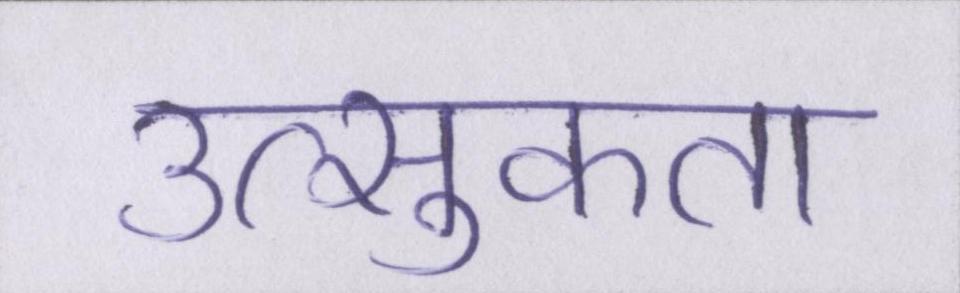
उत्सुकता